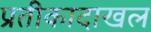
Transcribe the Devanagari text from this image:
प्रतीकादाखल